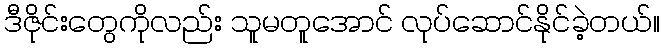
ဒီဇိုင်းတွေကိုလည်း သူမတူအောင် လုပ်ဆောင်နိုင်ခဲ့တယ်။